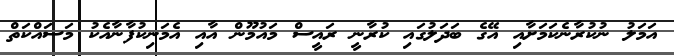
އަމަލު ނުކުރާނެކަމަށާއި އޭގެ ބަދަލުގައި ކުރާނީ ރައީސް މައުމޫން އާއި އެމަނިކުފާނާއެކު މަސައްކަތް